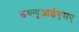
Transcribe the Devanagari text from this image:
डब्ल्यूआईएसए